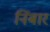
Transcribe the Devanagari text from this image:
निंबार